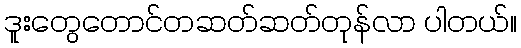
ဒူးတွေတောင်တဆတ်ဆတ်တုန်လာ ပါတယ်။